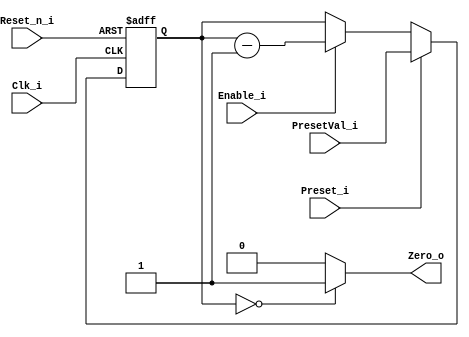
module Counter_RV1_Timer (
  input Reset_n_i,
  input Clk_i,
  input Preset_i,
  input Enable_i,
  input[15:0] PresetVal_i,
  output Zero_o
);
  localparam Width = 16;
  reg [Width-1:0] Value;
  always @(negedge Reset_n_i or posedge Clk_i)
  begin
    if (!Reset_n_i)
    begin
      Value <= 'd0;
    end
    else
    begin
      if (Preset_i) begin
        Value <= PresetVal_i;
      end else if (Enable_i)
      begin
        Value <= Value - 1'b1;
      end
    end
  end
  assign Zero_o = (Value == 0 ? 1'b1 : 1'b0);
endmodule